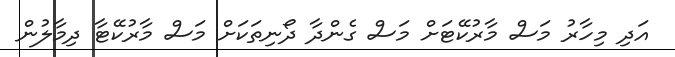
އަދި މިހާރު މަސް މާރުކޭޓަށް މަސް ގެންދާ ދޯނިތަކަށް މަސް މާރުކޭޓާ ދިމާލުން